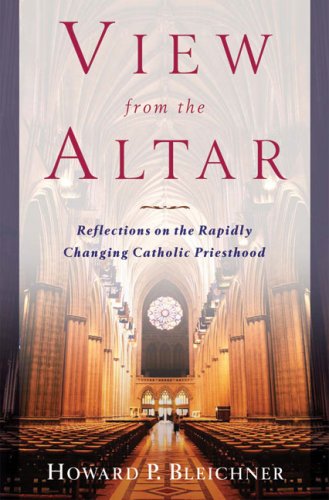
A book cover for View from the Altar: Reflections on the Rapidly Changing Catholic Priesthood; Howard P. Bleichner; Christian Books & Bibles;